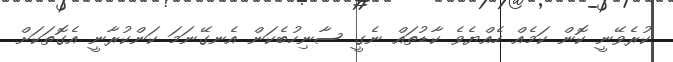
ކުރެވޭނީ ކޮން ކަމެއް ހެއްޔެވެ ކާޑުތައް ނެގީ ސާނިހުބެކަން އެނގޭނަމަ ކަންކުރާނީ އެގޮތަކަށް